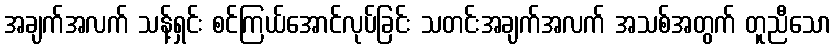
အချက်အလက် သန့်ရှင်း စင်ကြယ်အောင်လုပ်ခြင်း သတင်းအချက်အလက် အသစ်အတွက် တူညီသော